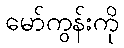
မော်ကွန်းကို